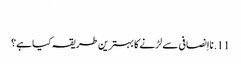
‏
11.‏ نااِنصافی سے لڑنے کا بہترین طریقہ کیا ہے؟